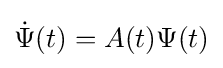
{\dot {\Psi }}(t)=A(t)\Psi (t)